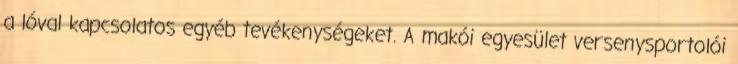
a lóval kapcsolatos egyéb tevékenységeket. A makói egyesület versenysportolói